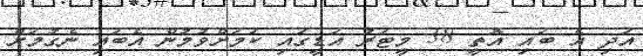
އަދި އެ ބައި އޮތީ 38 މީޓަރު އަޑީގައި ކަމަށްވުމުން އެބައި ނެގުމަށް